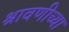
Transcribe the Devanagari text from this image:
श्रावणीच्या